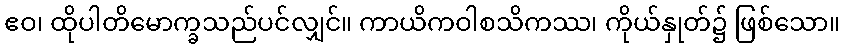
ဧဝ၊ ထိုပါတိမောက္ခသည်ပင်လျှင်။ ကာယိကဝါစသိကဿ၊ ကိုယ်နှုတ်၌ ဖြစ်သော။